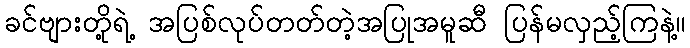
ခင်ဗျားတို့ရဲ့ အပြစ်လုပ်တတ်တဲ့အပြုအမူဆီ ပြန်မလှည့်ကြနဲ့။